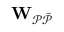
\mathbf { W } _ { \mathcal { P \Bar { P } } }